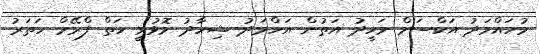
މުހައްމަދު އަކްސަމް ވަހީދު އަތުން އަހްމަދު ޝިހާދު މޮޅުވީ ހަތް ފްރޭމް ހަތަރު